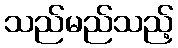
သည်မည်သည့်